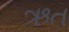
ઋત